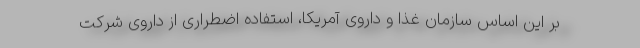
بر این اساس سازمان غذا و داروی آمریکا، استفاده اضطراری از داروی شرکت